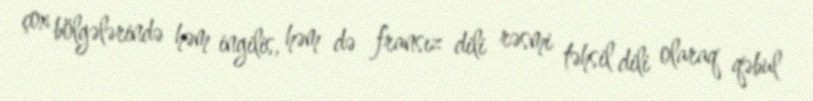
çox bölgələrində həm ingilis, həm də fransız dili rəsmi təhsil dili olaraq qəbul